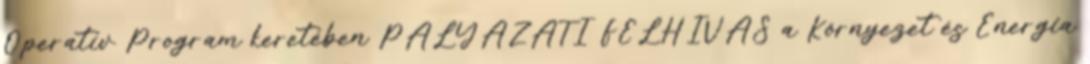
Operatív Program keretében PÁLYÁZATI FELHÍVÁS a Környezet és Energia